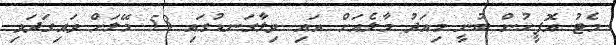
މެޓު އޮފީހުން ބުނީ މިއަދު މާލެއަށް އައި ވިލާގަނޑުގައި 53 މޭލަށް ވައިގަދަވި